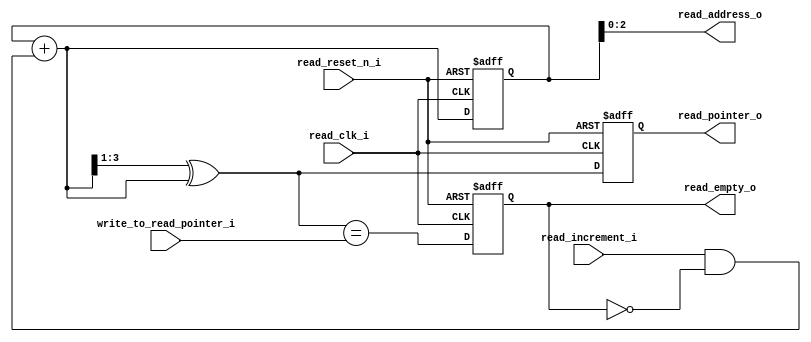
module rdpt_empty #(
        parameter address_size = 3                            //kich thuoc dia chi  
    )
    (
        input read_reset_n_i                                , //tin hieu reset mien doc
        input read_clk_i                                    , //xung clk mien doc
        input read_increment_i                              , //gia tri tang dia chi den o nho tiep theo
        input [address_size:0] write_to_read_pointer_i      , //con tro dong bo tu mien ghi sang mien doc
        output reg [address_size - 1:0] read_address_o      , //dia chi doc du lieu
        output reg [address_size:0] read_pointer_o          , //con tro mien doc de dong bo voi mien ghi 
        output reg read_empty_o                               //tin hieu buffer empty
    );
    reg [address_size:0] read_binary                        ; //bien tam, tinh dia chi binary 
    reg [address_size:0] read_gray_next                     ; //bien tam, tinh gia chi dia chi gray tiep theo cho con tro
    reg [address_size:0] read_binary_next                   ; //bien tam, tinh gia tri dia chi binary tiep theo  
    
    always @*
    begin
        read_address_o = read_binary[address_size - 1:0]    ; //gan dia chi doc
        read_binary_next = read_binary + (read_increment_i
        & ~read_empty_o)                                    ; //tang dia chi doc neu buffer khong trong
        read_gray_next = (read_binary_next >> 1) ^ 
        read_binary_next                                    ; //tinh toan gia tri dia chi ma gray 
                                                              //G3 = B3, G2 = B3 ^ B2, G1 = B2 ^ B1, G0 = B1 ^ B0
    end
    
    always @(posedge read_clk_i, negedge read_reset_n_i)      //khoi cap nhat gia tri dia chi, con tro
    begin
        if (~read_reset_n_i)
            {read_binary, read_pointer_o} <= 0              ;
        else
            {read_binary, read_pointer_o} <= 
            {read_binary_next, read_gray_next}              ; 
    end
    
    always @(posedge read_clk_i, negedge read_reset_n_i)      //khoi kiem tra buffer empty
    begin
        if (~read_reset_n_i)
            read_empty_o <= 1'b1                            ;
        else
            read_empty_o <= (read_gray_next == 
            write_to_read_pointer_i)                        ; //neu dia chi doc = dia chi ghi thi day
    end
endmodule